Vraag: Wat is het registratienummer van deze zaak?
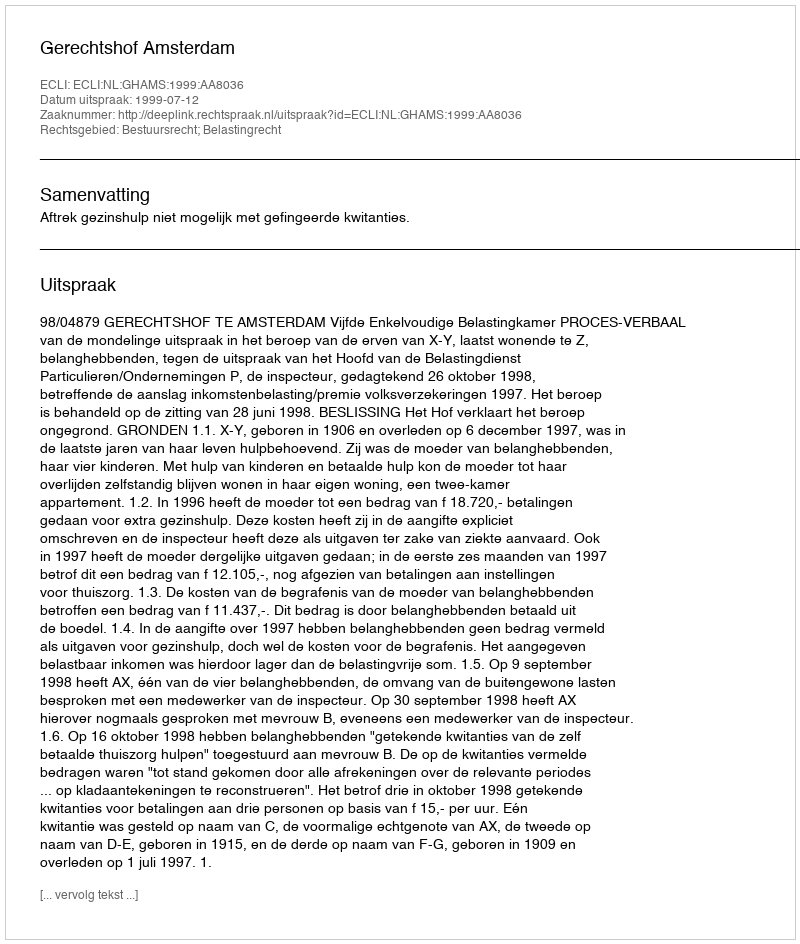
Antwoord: http://deeplink.rechtspraak.nl/uitspraak?id=ECLI:NL:GHAMS:1999:AA8036